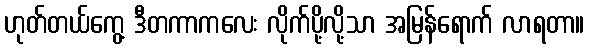
ဟုတ်တယ်ကွေ့ ဒီတကာကလေး လိုက်ပို့လို့သာ အမြန်ရောက် လာရတာ။